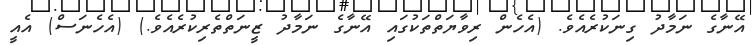
އޭނާގެ ނަމާދު ގިނަކުރެއެވެ. (އެހެން ރިވާޔަތްތަކުގައި އޭނާގެ ނަމާދު ޒީނަތްތެރިކުރެއެވެ.) (އެހެނަސް) އެއީ